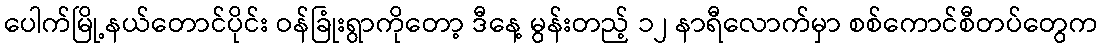
ပေါက်မြို့နယ်တောင်ပိုင်း ဝန်ခြုံးရွာကိုတော့ ဒီနေ့ မွန်းတည့် ၁၂ နာရီလောက်မှာ စစ်ကောင်စီတပ်တွေက